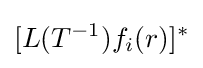
[L(T^{-1})f_{i}(r)]^{*}